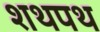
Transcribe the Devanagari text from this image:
शथपथ